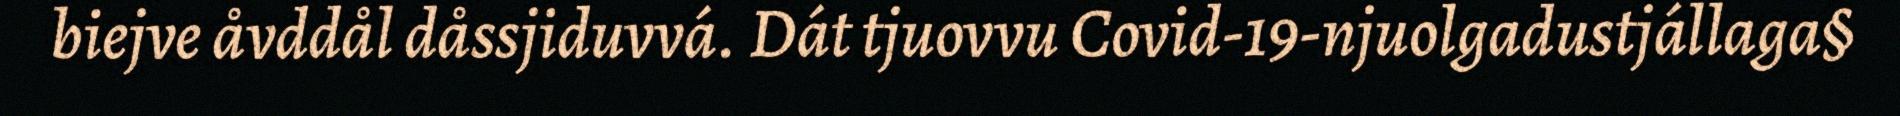
biejve åvddål dåssjiduvvá. Dát tjuovvu Covid-19-njuolgadustjállaga§